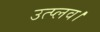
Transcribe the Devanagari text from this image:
उत्प्लव।